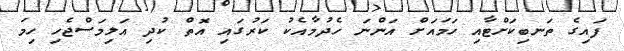
ފައިގެ ތަނބިކަށްޓާއި ހަމައަށް އަންނަ ހެދުމާއެކު ކަރުގައި އޮތް ކުދި އަލިމަސްޖެހި ހިމަ